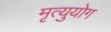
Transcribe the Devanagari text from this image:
मृत्युयोग